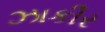
ઝાકીર